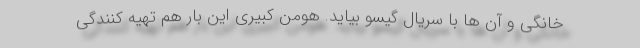
خانگی و آن ها با سریال گیسو بیاید. هومن کبیری این بار هم تهیه کنندگی